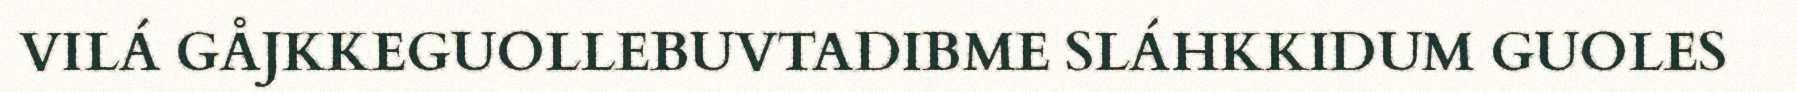
VILÁ GÅJKKEGUOLLEBUVTADIBME SLÁHKKIDUM GUOLES